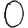
Digit: 0